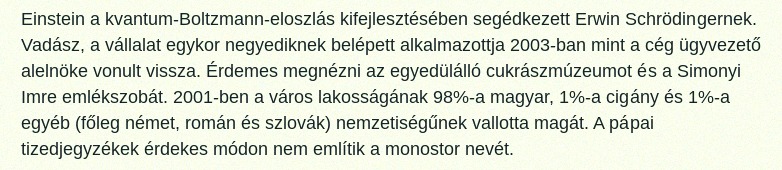
Einstein a kvantum-Boltzmann-eloszlás kifejlesztésében segédkezett Erwin Schrödingernek. Vadász, a vállalat egykor negyediknek belépett alkalmazottja 2003-ban mint a cég ügyvezető alelnöke vonult vissza. Érdemes megnézni az egyedülálló cukrászmúzeumot és a Simonyi Imre emlékszobát. 2001-ben a város lakosságának 98%-a magyar, 1%-a cigány és 1%-a egyéb (főleg német, román és szlovák) nemzetiségűnek vallotta magát. A pápai tizedjegyzékek érdekes módon nem említik a monostor nevét.